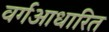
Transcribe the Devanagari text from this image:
वर्गआधारित